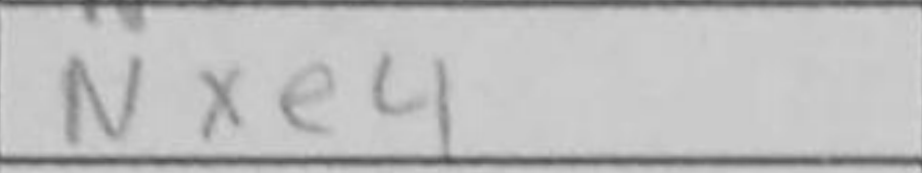
Transcription: Nxe4